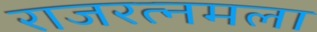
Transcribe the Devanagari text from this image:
राजरत्नमला